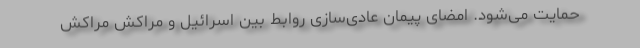
حمایت می‌شود. امضای پیمان عادی‌سازی روابط بین اسرائیل و مراکش مراکش